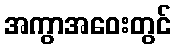
အကွာအဝေးတွင်